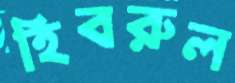
হিবরুল